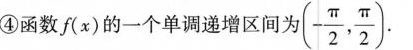
④函数(x)的一个单调递增区间为(- \frac{\pi}{2}, \frac{\pi}{2}